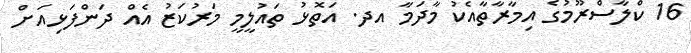
16 ކްލާސްރޫމުގެ އިމާރާތާއެކު މާދަމާ އދ. އަތޮޅު ތައުލީމީ މަރުކަޒު އެއް ދަންފަޅިއަށް